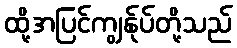
ထို့အပြင်ကျွန်ုပ်တို့သည်